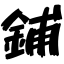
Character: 鋪